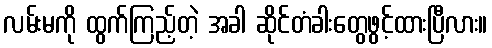
လမ်းမကို ထွက်ကြည့်တဲ့ အခါ ဆိုင်တံခါးတွေဖွင့်ထားပြီလား။